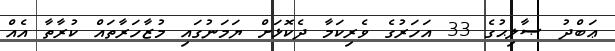
ޢަބްދު ޞާލިޙުގެ 33 އަހަރުގެ ވެރިކަމާ ދެކޮޅަށް ޔަމަނުގައި މުޒާހަރާތައް ކުރާތާ އެއް